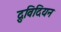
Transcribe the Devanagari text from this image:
द्रुविदियन